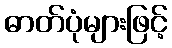
ဓာတ်ပုံများဖြင့်